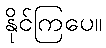
နိုင်ကြပေ။